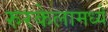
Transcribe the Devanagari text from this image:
रुरकेलामध्ये